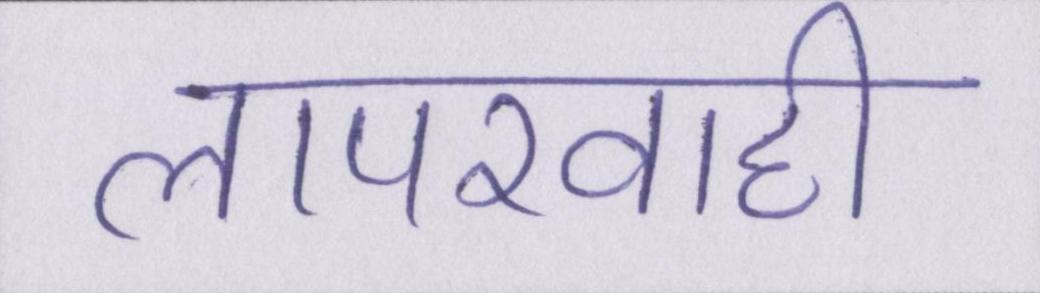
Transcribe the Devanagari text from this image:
लापरवाही